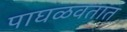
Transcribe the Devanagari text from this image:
पाघळवतात